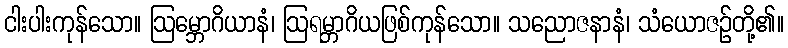
ငါးပါးကုန်သော။ ဩမ္ဘောဂိယာနံ၊ ဩရမ္ဘာဂိယဖြစ်ကုန်သော။ သညောဇနာနံ၊ သံယောဇဉ်တို့၏။